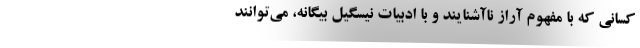
کسانی که با مفهوم آراز ناآشنایند و با ادبیات نیسگیل بیگانه، می‌توانند